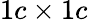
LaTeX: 1c\times 1c